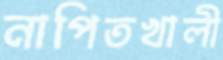
নাপিতখালী